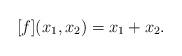
LaTeX: \begin{align*}[f](x_1,x_2) = x_1 + x_2. \end{align*}